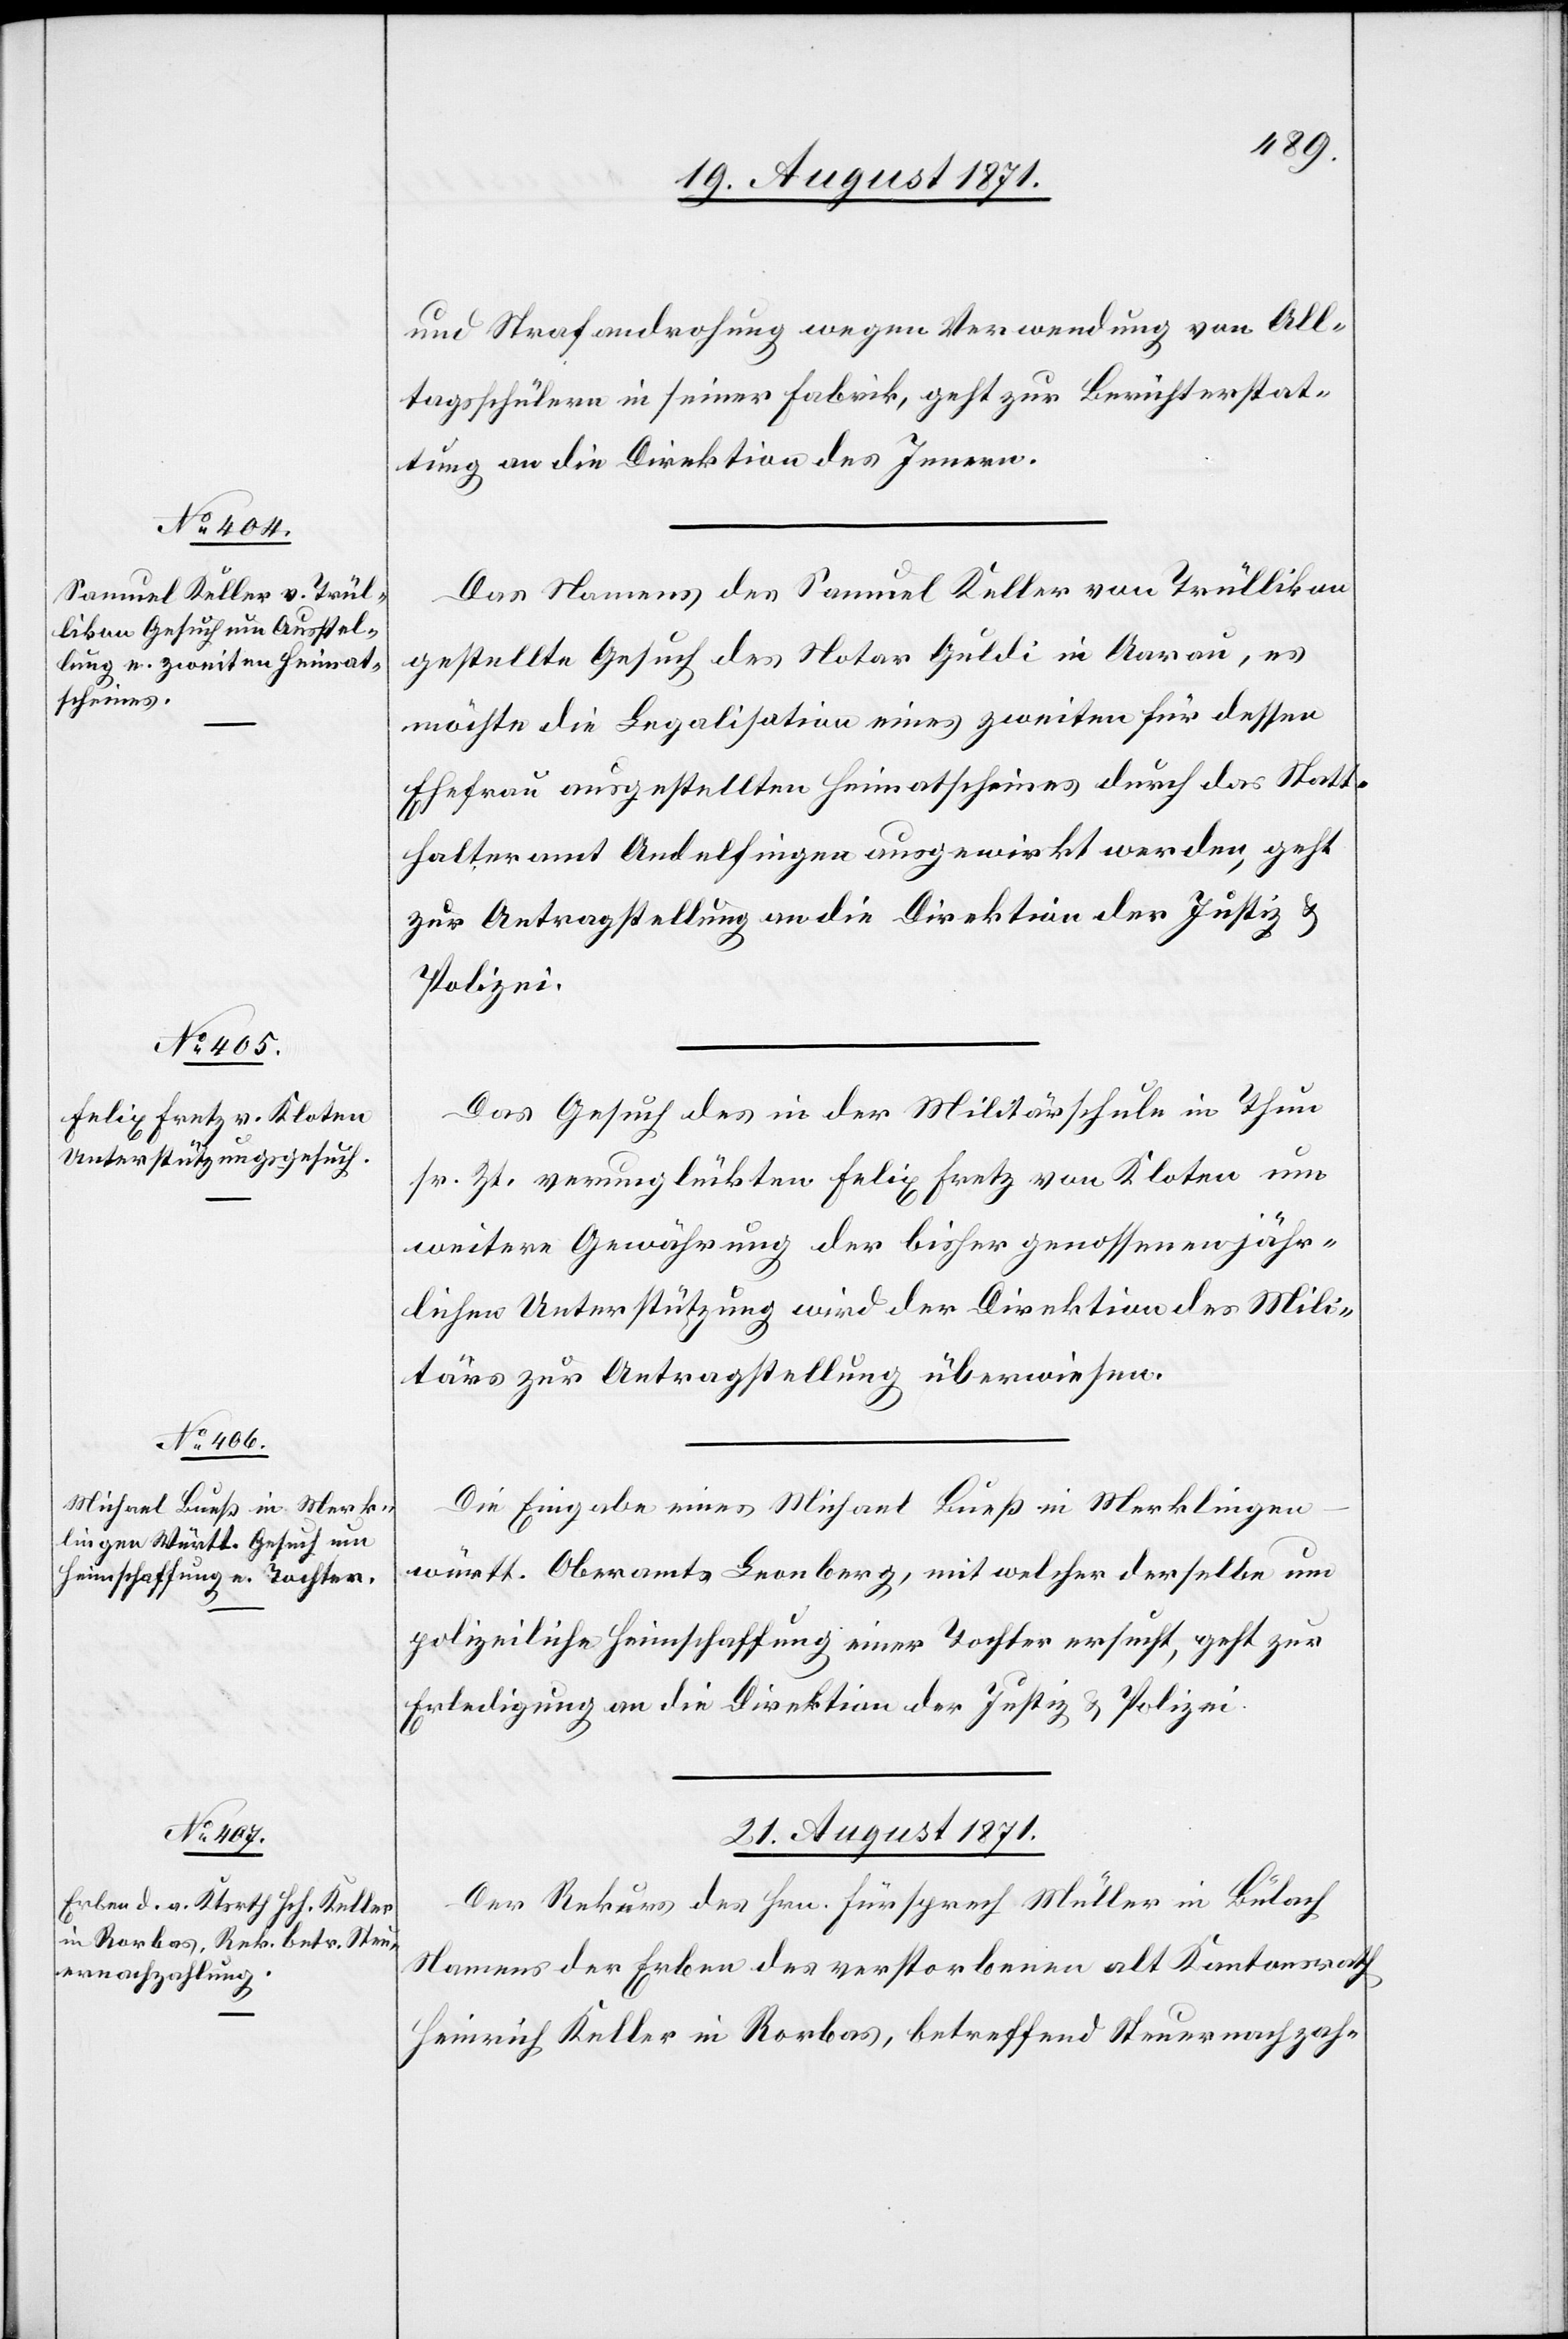
19. August 1871.]
und Strafandrohung wegen Verwendung von All¬
tagsschülern in seiner Fabrik, geht zur Berichterstat¬
tung an die Direktion des Innern.
Das Namens des Samuel Keller von Trüllikon
gestellte Gesuch des Notar Guldi in Aarau, es
möchte die Legalisation eines zweiten für dessen
Ehefrau ausgestellten Heiratscheines durch das Statt¬
halteramt Andelfingen ausgewirkt werden, geht
zur Antragstellung an die Direktion der Justiz &
Polizei.
Das Gesuch des in der Militärschule in Thun
sr. Zt. verunglückten Felix Fretz von Kloten um
weitere Gewährung der bisher genossenen jähr¬
lichen Unterstützung wird der Direktion des Mili¬
tärs zur Antragstellung überwiesen.
Die Eingabe eines Michael Bueß in Merklinge¬
n-württ. Oberamts Leonberg, mit welcher derselbe um
polizeiliche Heimschaffung einer Tochter ersucht, geht zur
Erledigung an die Direktion der Justiz & Polizei.
21. August 1871.
Der Rekurs des Hrn. Fürsprech Müller in Bülach
Namens der Erben des verstorbenen alt Kantonsrath
Heinrich Keller in Rorbas, betreffend Steuernachzah-